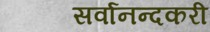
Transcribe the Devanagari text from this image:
सर्वानन्दकरी